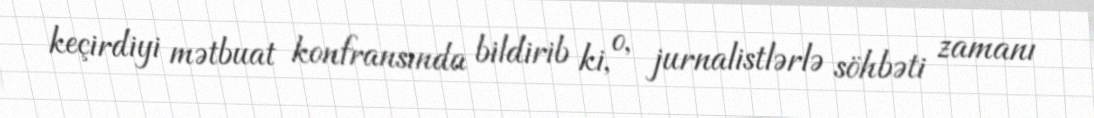
keçirdiyi mətbuat konfransında bildirib ki, o, jurnalistlərlə söhbəti zamanı